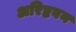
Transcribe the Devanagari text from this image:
अरिष्टबन